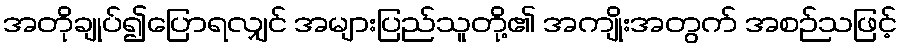
အတိုချုပ်၍ပြောရလျှင် အများပြည်သူတို့၏ အကျိုးအတွက် အစဉ်သဖြင့်